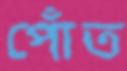
পোঁত